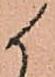
候